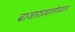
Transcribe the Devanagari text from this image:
बाजाराखालोखाल